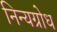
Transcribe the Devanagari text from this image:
निन्यग्रोध